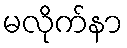
မလိုက်နာ